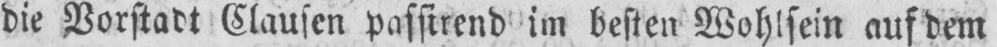
die Vorstadt Clausen passirend im besten Wohlsein auf dem